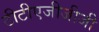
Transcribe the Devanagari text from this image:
टीटीएजीजीजी